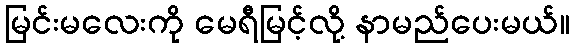
မြင်းမလေးကို မေရီမြင့်လို့ နာမည်ပေးမယ်။